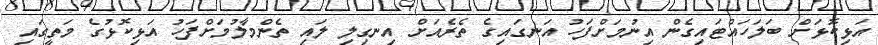
އަޅިކޮޅަށް ބަލަހައްޓައިގެން އިނުމަށްފަހު އަނގައިގެ ތެރެއަށް އިނގިލި ލައި ތެންމާލުމަށްފަހު އަޅިކޮޅުގެ މަތީގައި